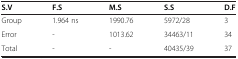
| S.V | F.S | M.S | S.S | D.F |
 | --- | --- | --- | --- | --- |
 | Group | 1.964 ns | 1990.76 | 5972/28 | 3 |
 | Error | - | 1013.62 | 34463/11 | 34 |
 | Total | - | - | 40435/39 | 37 |